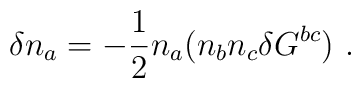
\delta n_{a} = -\frac{1}{2}n_{a}(n_{b}n_{c}\delta G^{bc})~.